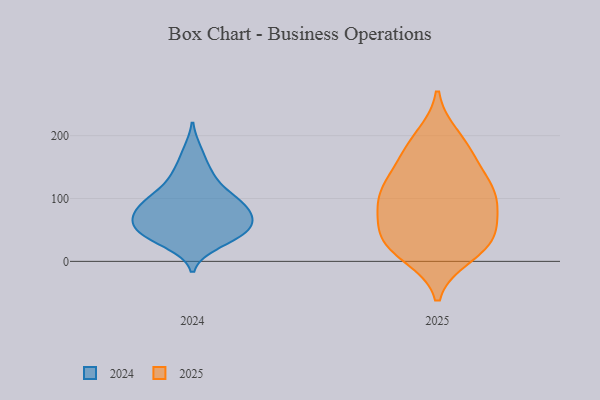
{"axis": {"x": "Conversion Rate (%)", "y": "Value"}, "legend": ["2024", "2025"], "data": [{"x": "", "y": 41, "type": "2024"}, {"x": "", "y": 63, "type": "2024"}, {"x": "", "y": 88, "type": "2024"}, {"x": "", "y": 51, "type": "2024"}, {"x": "", "y": 134, "type": "2024"}, {"x": "", "y": 94, "type": "2024"}, {"x": "", "y": 98, "type": "2024"}, {"x": "", "y": 69, "type": "2024"}, {"x": "", "y": 40, "type": "2024"}, {"x": "", "y": 141, "type": "2024"}, {"x": "", "y": 67, "type": "2024"}, {"x": "", "y": 43, "type": "2024"}, {"x": "", "y": 29, "type": "2024"}, {"x": "", "y": 91, "type": "2024"}, {"x": "", "y": 175, "type": "2024"}, {"x": "", "y": 65, "type": "2024"}, {"x": "", "y": 106, "type": "2024"}, {"x": "", "y": 111, "type": "2025"}, {"x": "", "y": 26, "type": "2025"}, {"x": "", "y": 30, "type": "2025"}, {"x": "", "y": 11, "type": "2025"}, {"x": "", "y": 197, "type": "2025"}, {"x": "", "y": 94, "type": "2025"}, {"x": "", "y": 166, "type": "2025"}, {"x": "", "y": 90, "type": "2025"}, {"x": "", "y": 61, "type": "2025"}, {"x": "", "y": 96, "type": "2025"}, {"x": "", "y": 180, "type": "2025"}, {"x": "", "y": 34, "type": "2025"}, {"x": "", "y": 133, "type": "2025"}, {"x": "", "y": 121, "type": "2025"}, {"x": "", "y": 37, "type": "2025"}]}